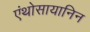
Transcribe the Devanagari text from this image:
एंथोसायानिन